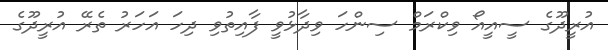
އުރީދޫގެ ސީއީއޯ ވިކްރަމް ސިންހަ ވިދާޅުވީ ފާއިތުވި ދިހަ އަހަރު ތެރޭ އުރީދޫގެ